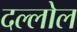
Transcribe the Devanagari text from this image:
दल्लोल